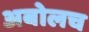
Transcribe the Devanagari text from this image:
अबोलच